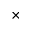
\times